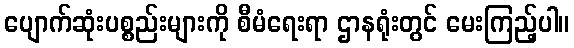
ပျောက်ဆုံးပစ္စည်းများကို စီမံရေးရာ ဌာနရုံးတွင် မေးကြည့်ပါ။